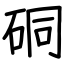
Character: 硐